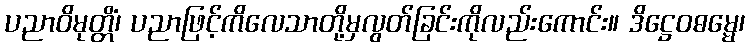
ပညာဝိမုတ္တိံ၊ ပညာဖြင့်ကိလေသာတို့မှလွတ်ခြင်းကိုလည်းကောင်း။ ဒိဋ္ဌေဝဓမ္မေ၊